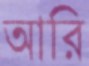
আরি